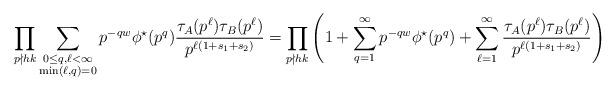
LaTeX: \begin{align*} \prod_{p\nmid hk}\sum_{\substack{0\le q,\ell < \infty\\ \min(\ell,q)=0}}p^{-qw}\phi^{\star}(p^q) \frac{\tau_A(p^{\ell})\tau_B(p^{\ell})}{p^{\ell(1+s_1+s_2)}} = \prod_{p\nmid hk}\left( 1 + \sum_{q=1}^{\infty}p^{-qw}\phi^{\star}(p^q)+ \sum_{\ell=1}^{\infty}\frac{\tau_A(p^{\ell})\tau_B(p^{\ell})}{p^{\ell(1+s_1+s_2)}}\right)\end{align*}